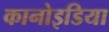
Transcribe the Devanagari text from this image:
कानोइडिया